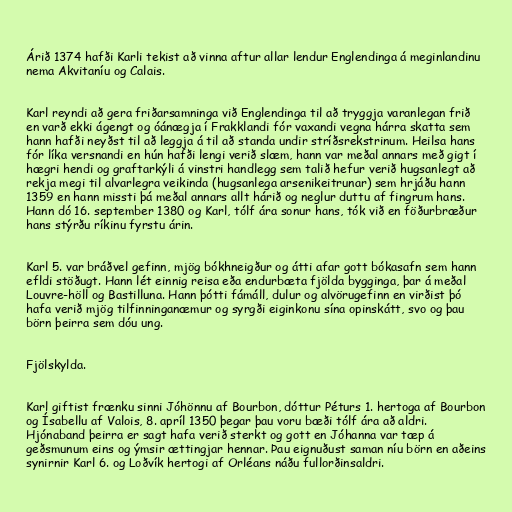
Árið 1374 hafði Karli tekist að vinna aftur allar lendur Englendinga á meginlandinu
nema Akvitaníu og Calais.

Karl reyndi að gera friðarsamninga við Englendinga til að tryggja varanlegan frið
en varð ekki ágengt og óánægja í Frakklandi fór vaxandi vegna hárra skatta sem
hann hafði neyðst til að leggja á til að standa undir stríðsrekstrinum. Heilsa hans
fór líka versnandi en hún hafði lengi verið slæm, hann var meðal annars með gigt í
hægri hendi og graftarkýli á vinstri handlegg sem talið hefur verið hugsanlegt að
rekja megi til alvarlegra veikinda (hugsanlega arsenikeitrunar) sem hrjáðu hann
1359 en hann missti þá meðal annars allt hárið og neglur duttu af fingrum hans.
Hann dó 16. september 1380 og Karl, tólf ára sonur hans, tók við en föðurbræður
hans stýrðu ríkinu fyrstu árin.

Karl 5. var bráðvel gefinn, mjög bókhneigður og átti afar gott bókasafn sem hann
efldi stöðugt. Hann lét einnig reisa eða endurbæta fjölda bygginga, þar á meðal
Louvre-höll og Bastilluna. Hann þótti fámáll, dulur og alvörugefinn en virðist þó
hafa verið mjög tilfinninganæmur og syrgði eiginkonu sína opinskátt, svo og þau
börn þeirra sem dóu ung.

Fjölskylda.

Karl giftist frænku sinni Jóhönnu af Bourbon, dóttur Péturs 1. hertoga af Bourbon
og Ísabellu af Valois, 8. apríl 1350 þegar þau voru bæði tólf ára að aldri.
Hjónaband þeirra er sagt hafa verið sterkt og gott en Jóhanna var tæp á
geðsmunum eins og ýmsir ættingjar hennar. Þau eignuðust saman níu börn en aðeins
synirnir Karl 6. og Loðvík hertogi af Orléans náðu fullorðinsaldri.